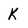
Character: K